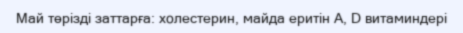
Май төрізді заттарға: холестерин, майда еритін А, D витаминдері